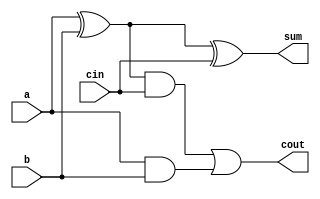
/*******************************************************************
*
* Module: FullAdder.v
* Project: Processor
abdelmaksou@aucegypt.edu

* Description: standard full adder circuit
*
* Change history: 06/11/2022 - Added from Lab 6 and polished
*
**********************************************************************/
module FullAdder (
    input a, 
    input b, 
    input cin, 
    output sum, 
    output cout
);

    wire c;
    assign c = a ^ b;
    assign sum = c ^ cin;
    assign cout = (c & cin) | (a & b);
endmodule